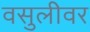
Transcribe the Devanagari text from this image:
वसुलीवर